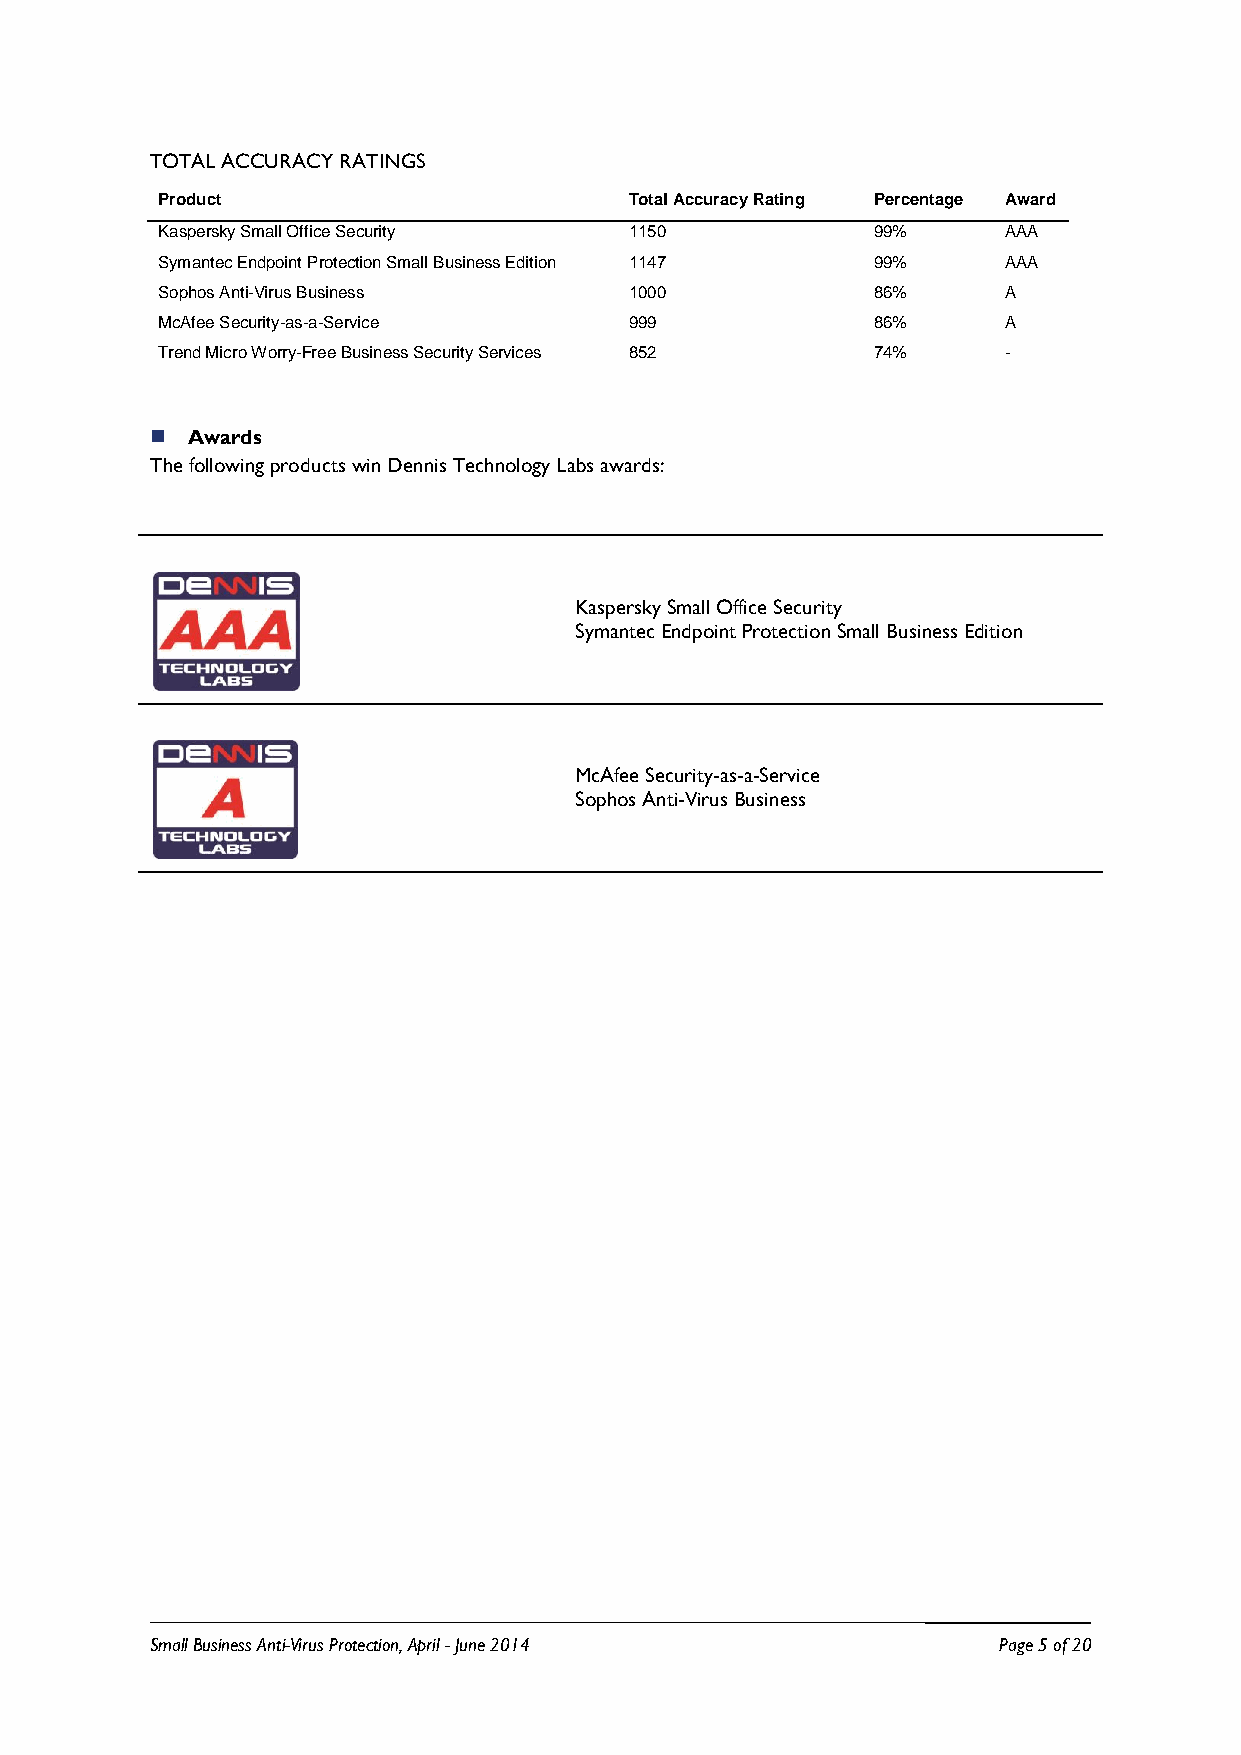
TOTAL ACCURACY RATINGS
 Product                         Total Accuracy Rating Percentage Award
 Kaspersky Small Office Security 1150            99%      AAA
 Symantec Endpoint Protection Small Business Edition 1147 99% AAA
 Sophos Anti-Virus Business      1000            86%      A
 McAfee Security-as-a-Service    999             86%      A
 Trend Micro Worry-Free Business Security Services 852 74% -
  Awards
 The following products win Dennis Technology Labs awards:
 Kaspersky Small Office Security
 Symantec Endpoint Protection Small Business Edition
 McAfee Security-as-a-Service
 Sophos Anti-Virus Business
 Small Business Anti-Virus Protection, April - June 2014 Page 5 of 20